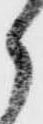
郎